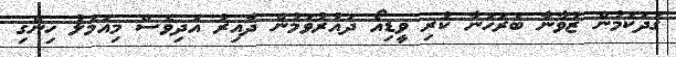
ގަދަކަމުން ޒުވާނާ ބަރަހަނާ ކުރި ވީޑިއޯ ދައުރުވަމުން ދާއިރު އަދިވެސް މިއަމަލު ހިންގި